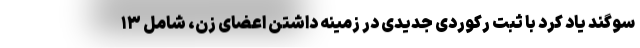
سوگند یاد کرد با ثبت رکوردی جدیدی در زمینه داشتن اعضای زن، شامل ۱۳